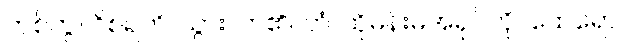
တစ်ကွ။ ဝိစရတိ၊ သွားလာ၏။ တံ၊ ထိုမိန်းမအရုပ်ကို။ ထေရော၊